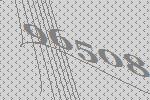
96508